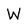
Character: W